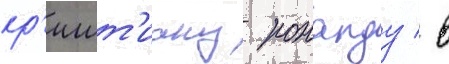
кр'ишт'иану роналду / в